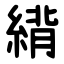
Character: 䋳